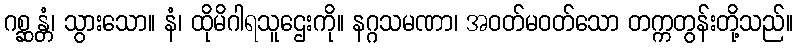
ဂစ္ဆန္တံ၊ သွားသော။ နံ၊ ထိုမိဂါရသူဌေးကို။ နဂ္ဂသမဏာ၊ အဝတ်မဝတ်သော တက္ကတွန်းတို့သည်။